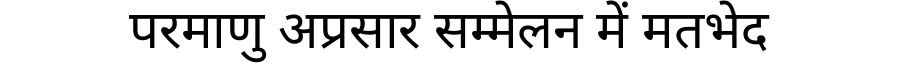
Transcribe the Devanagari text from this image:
परमाणु अप्रसार सम्मेलन में मतभेद